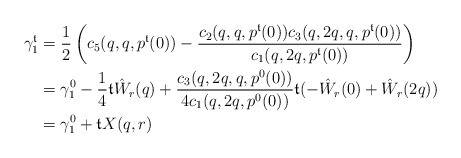
\begin{align*}\gamma_1^\mathfrak{t} &= \frac{1}{2} \left(c_5(q,q,p^\mathfrak{t}(0))-\frac{c_2(q,q,p^\mathfrak{t}(0))c_3(q,2q,q,p^\mathfrak{t}(0))}{c_1(q,2q,p^\mathfrak{t}(0))}\right)\\&=\gamma_1^0 - \frac{1}{4}\mathfrak{t} \hat W_r(q) + \frac{c_3(q,2q,q,p^0(0))}{4c_1(q,2q,p^0(0))}\mathfrak{t}(-\hat W_r(0)+\hat W_r(2q))\\&= \gamma_1^0 + \mathfrak{t} X(q,r)\end{align*}